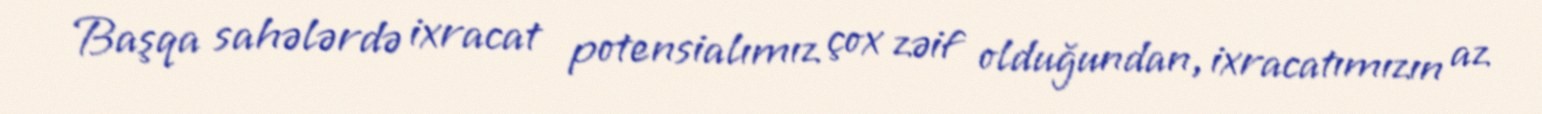
Başqa sahələrdə ixracat potensialımız çox zəif olduğundan, ixracatımızın az